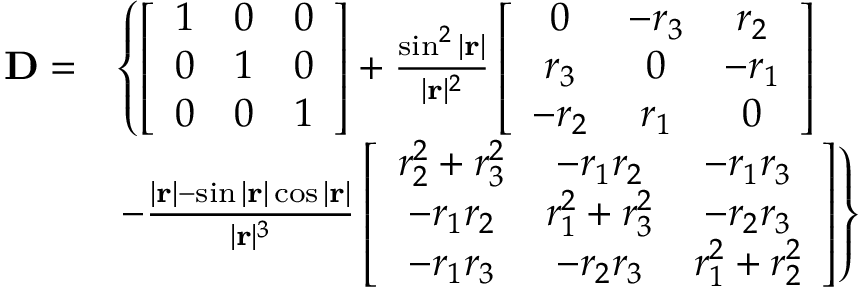
\begin{array} { r l } { \mathbf { D } = } & { \left\{ \left[ \begin{array} { l l l } { 1 } & { 0 } & { 0 } \\ { 0 } & { 1 } & { 0 } \\ { 0 } & { 0 } & { 1 } \end{array} \right] + \frac { \sin ^ { 2 } | \mathbf { r } | } { | \mathbf { r } | ^ { 2 } } \left[ \begin{array} { c c c } { 0 } & { - r _ { 3 } } & { r _ { 2 } } \\ { r _ { 3 } } & { 0 } & { - r _ { 1 } } \\ { - r _ { 2 } } & { r _ { 1 } } & { 0 } \end{array} \right] \right. } \\ & { \left. - \frac { | \mathbf { r } | - \sin | \mathbf { r } | \cos | \mathbf { r } | } { | \mathbf { r } | ^ { 3 } } \left[ \begin{array} { c c c } { r _ { 2 } ^ { 2 } + r _ { 3 } ^ { 2 } } & { - r _ { 1 } r _ { 2 } } & { - r _ { 1 } r _ { 3 } } \\ { - r _ { 1 } r _ { 2 } } & { r _ { 1 } ^ { 2 } + r _ { 3 } ^ { 2 } } & { - r _ { 2 } r _ { 3 } } \\ { - r _ { 1 } r _ { 3 } } & { - r _ { 2 } r _ { 3 } } & { r _ { 1 } ^ { 2 } + r _ { 2 } ^ { 2 } } \end{array} \right] \right\} } \end{array}